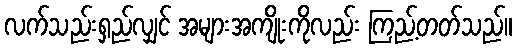
လက်သည်းရှည်လျှင် အများအကျိုးကိုလည်း ကြည့်တတ်သည်။